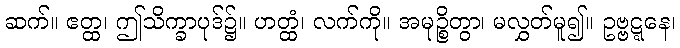
ဆက်။ ဧတ္ထ၊ ဤသိက္ခာပုဒ်၌။ ဟတ္ထံ၊ လက်ကို။ အမုဉ္စိတွာ၊ မလွှတ်မူ၍။ ဥဗ္ဗဋ္ဋနေ၊